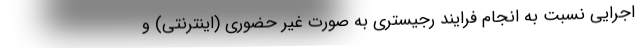
اجرایی نسبت به انجام فرایند رجیستری به صورت غیر حضوری (اینترنتی) و